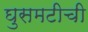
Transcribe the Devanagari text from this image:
घुसमटीची